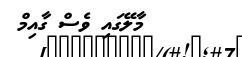
މާލޭގަައި ވެސް ގާއިމް